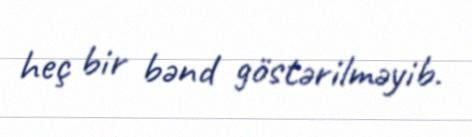
heç bir bənd göstərilməyib.